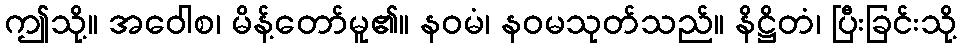
ဤသို့။ အဝေါစ၊ မိန့်တော်မူ၏။ နဝမံ၊ နဝမသုတ်သည်။ နိဋ္ဌိတံ၊ ပြီးခြင်းသို့